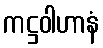
ကဋ္ဌဝါဟာနံ